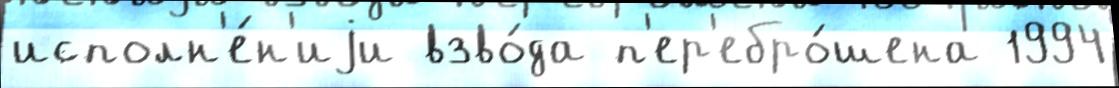
исполн'е́н'иjи взво́да п'ер'ебро́шена 1994